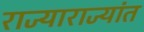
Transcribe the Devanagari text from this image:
राज्याराज्यांत